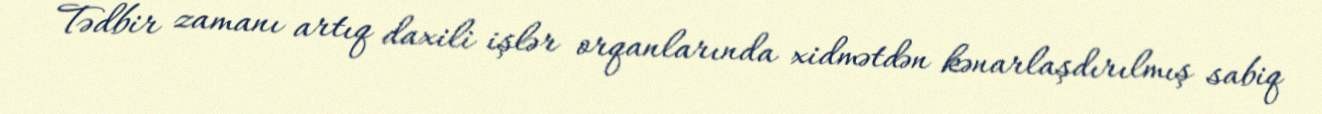
Tədbir zamanı artıq daxili işlər orqanlarında xidmətdən kənarlaşdırılmış sabiq